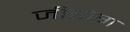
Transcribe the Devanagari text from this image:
जीढ़ोग